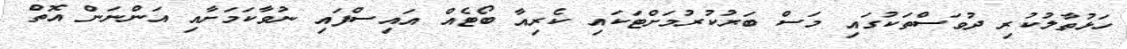
ހަޅުތާލުކުރި ދުވަސްތަކުގައި މަސް ބަރުކުރުމަށްޓަކައި ކެރިއާ ބޯޓެއް އައިސްފައި ނުވާކަމަށާއި އަންނަން އޮތް